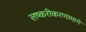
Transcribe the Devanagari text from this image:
लष्करीकरणामागे